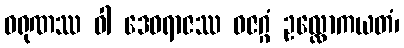
ဝရုဏဿ ဝါ ဒေဝရာဇဿ ဓဇဂ္ဂံ ဥလ္လောကယတံ၊